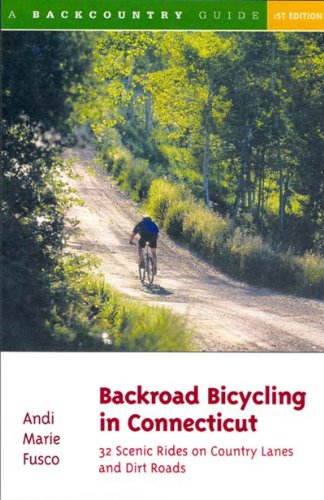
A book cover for Backroad Bicycling in Connecticut: 32 Scenic Rides on Country Lanes and Dirt Roads; Andi Marie Fusco; Travel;